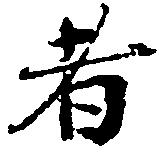
者